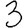
Digit: 3